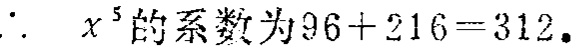
\(\therefore\ x^{5}\)的系数为\(96 + 216 = 312.\)